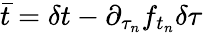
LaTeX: \bar{t}=\delta t-{\partial_{\tau_{n}}f_{t_{n}}}\delta\tau